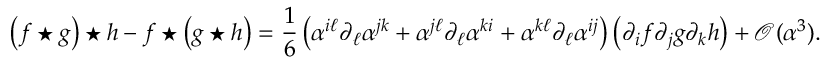
\left( f \star g \right) \star h - f \star \left( g \star h \right) = \frac { 1 } { 6 } \left( \alpha ^ { i \ell } \partial _ { \ell } \alpha ^ { j k } + \alpha ^ { j \ell } \partial _ { \ell } \alpha ^ { k i } + \alpha ^ { k \ell } \partial _ { \ell } \alpha ^ { i j } \right) \left( \partial _ { i } f \partial _ { j } g \partial _ { k } h \right) + \mathcal { O } ( \alpha ^ { 3 } ) .